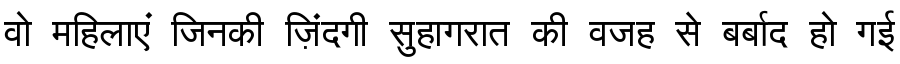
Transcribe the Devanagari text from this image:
वो महिलाएं जिनकी ज़िंदगी सुहागरात की वजह से बर्बाद हो गई